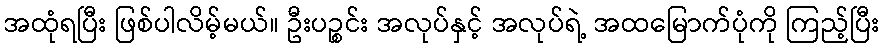
အထုံရပြီး ဖြစ်ပါလိမ့်မယ်။ ဦးပဉ္စင်း အလုပ်နှင့် အလုပ်ရဲ့ အထမြောက်ပုံကို ကြည့်ပြီး